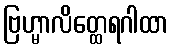
ဗြဟ္မာလိတ္ထေရဂါထာ